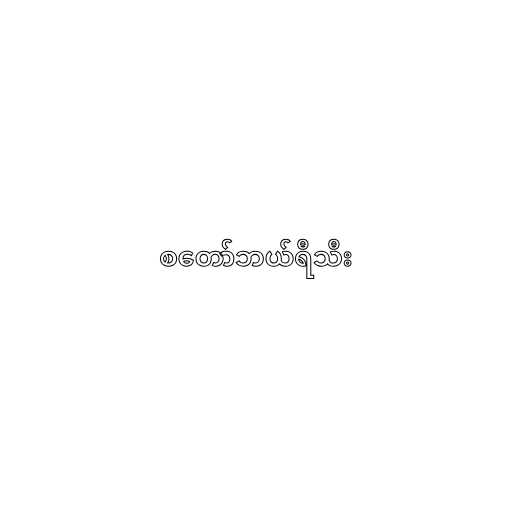
စတော်ဘယ်ရီသီး